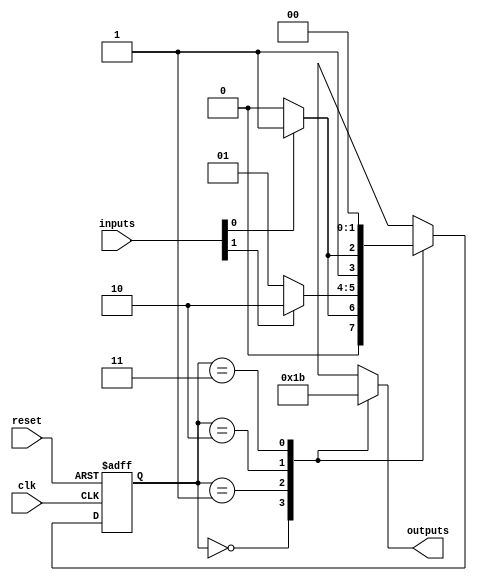
module ParameterizedStateMachine #(
    parameter NUM_STATES = 4,    // Total number of states
    parameter NUM_INPUTS = 2,     // Number of input signals
    parameter NUM_OUTPUTS = 2      // Number of output signals
)(
    input wire clk,                // Clock input
    input wire reset,              // Reset input
    input wire [NUM_INPUTS-1:0] inputs, // Input signals
    output reg [NUM_OUTPUTS-1:0] outputs // Output signals
);

    // State encoding
    localparam [1:0] 
        STATE_0 = 2'b00,
        STATE_1 = 2'b01,
        STATE_2 = 2'b10,
        STATE_3 = 2'b11;

    // Current state and next state registers
    reg [1:0] current_state, next_state;

    // State transition logic
    always @(*) begin
        case (current_state)
            STATE_0: begin
                if (inputs[0])
                    next_state = STATE_1;
                else
                    next_state = STATE_0;
            end
            STATE_1: begin
                if (inputs[1])
                    next_state = STATE_2;
                else
                    next_state = STATE_1;
            end
            STATE_2: begin
                if (inputs[0])
                    next_state = STATE_3;
                else
                    next_state = STATE_2;
            end
            STATE_3: begin
                next_state = STATE_0; // Loop back to STATE_0
            end
            default: next_state = STATE_0; // Default state
        endcase
    end

    // Output logic based on current state
    always @(*) begin
        case (current_state)
            STATE_0: outputs = 2'b00;
            STATE_1: outputs = 2'b01;
            STATE_2: outputs = 2'b10;
            STATE_3: outputs = 2'b11;
            default: outputs = 2'b00; // Default outputs
        endcase
    end

    // Sequential logic for state transitions
    always @(posedge clk or posedge reset) begin
        if (reset) begin
            current_state <= STATE_0; // Reset to initial state
        end else begin
            current_state <= next_state; // Update current state
        end
    end

endmodule